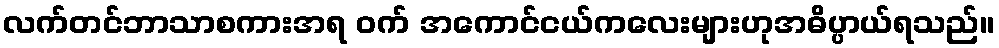
လက်တင်ဘာသာစကားအရ ဝက် အကောင်ငယ်ကလေးများဟုအဓိပ္ပာယ်ရသည်။